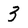
Character: 3